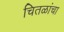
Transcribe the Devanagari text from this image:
चितळांचा